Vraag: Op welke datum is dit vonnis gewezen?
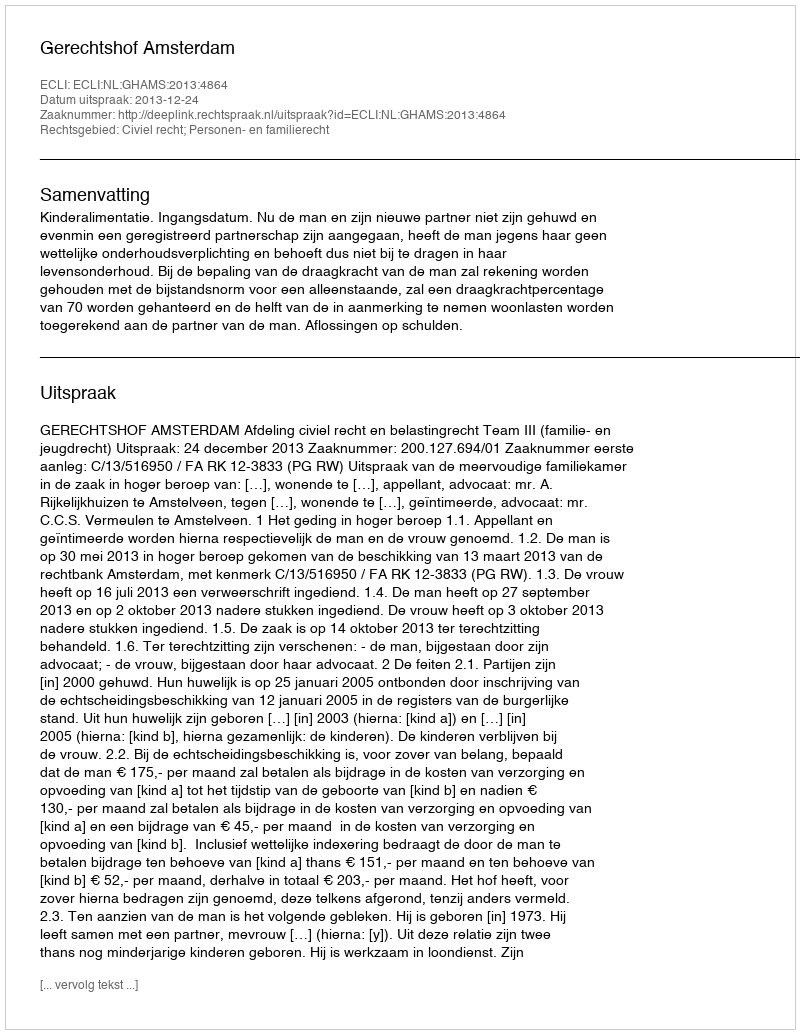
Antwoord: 2013-12-24